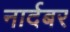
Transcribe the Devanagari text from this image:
नार्दबर